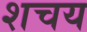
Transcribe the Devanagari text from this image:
शचय